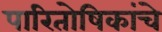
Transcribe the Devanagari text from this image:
पारितोषिकांचे